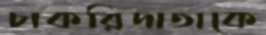
চাকরিদাতাকে